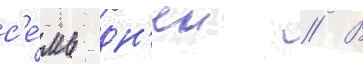
с'е́мь дн'еи // В